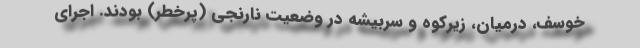
خوسف، درمیان، زیرکوه و سربیشه در وضعیت نارنجی (پرخطر) بودند. اجرای